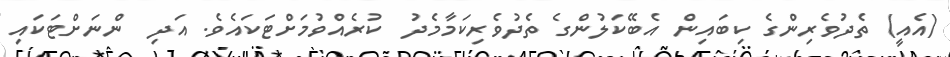
(އެއީ) ތެދުވެރިންގެ ކިބައިން އެބޭކަލުންގެ ތެދުވެރިކަމާމެދު  ކުރެއްވުމަށްޓަކައެވެ. އަދި  ންނަށްޓަކައި